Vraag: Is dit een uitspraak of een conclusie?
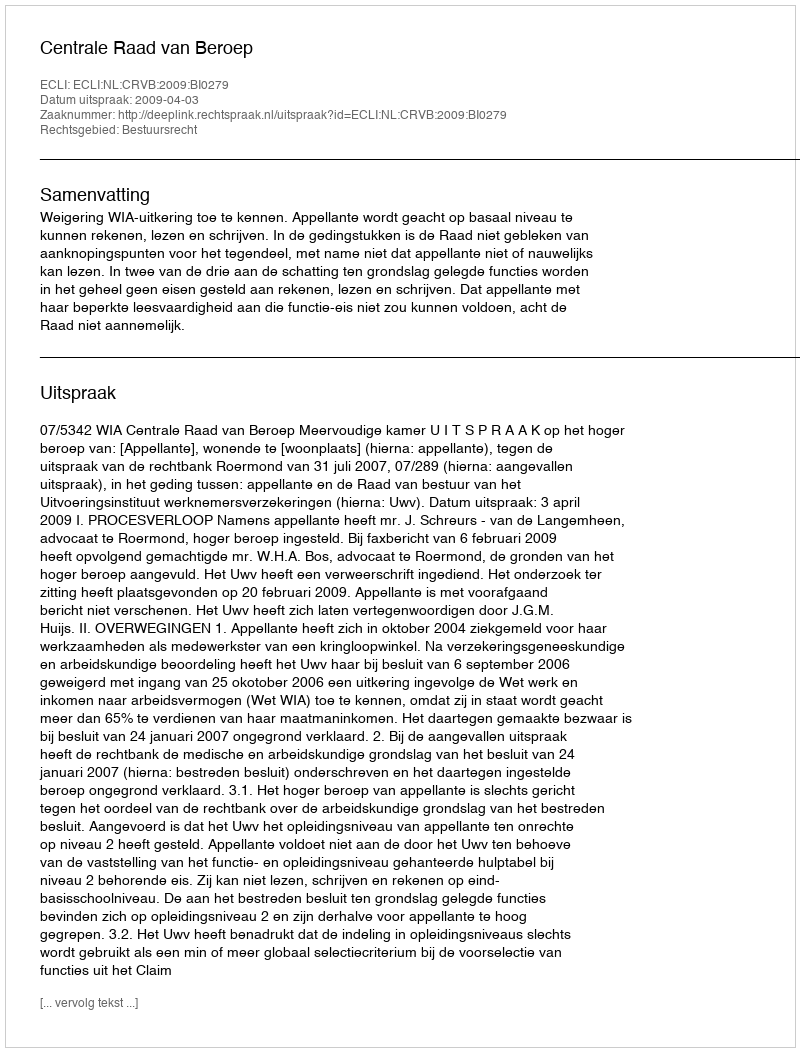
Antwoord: Uitspraak